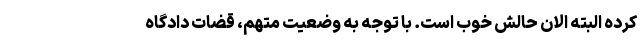
کرده البته الان حالش خوب است. با توجه به وضعیت متهم‌، قضات دادگاه